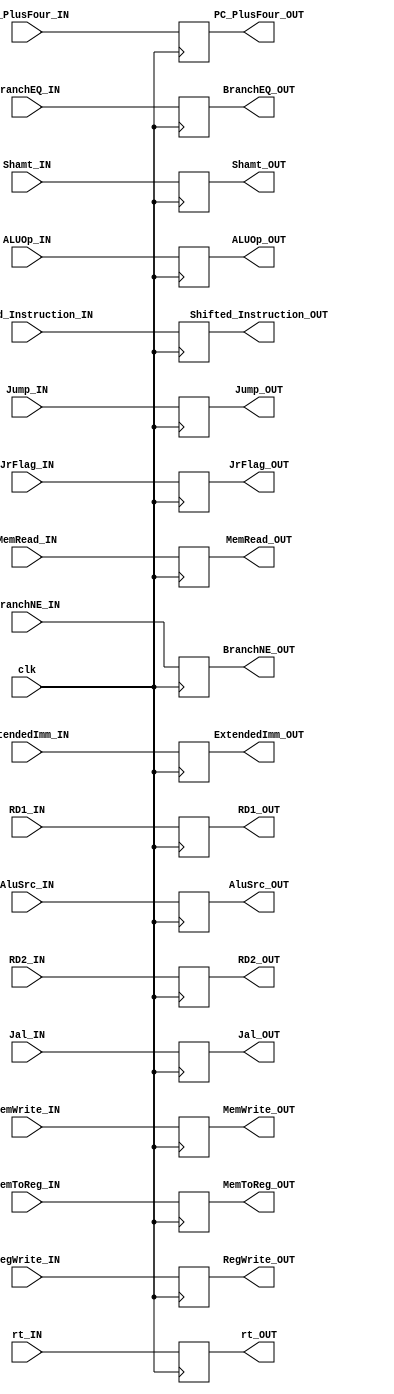
module Pipe_ID_EX
(
	input clk,
	
	input BranchEQ_IN,
	input BranchNE_IN,
	input Jump_IN,
	input MemRead_IN,
	input MemWrite_IN,
	input MemToReg_IN,
	input Jal_IN,
	input AluSrc_IN,
	input RegWrite_IN,
	input [4:0]  rt_IN,
	input [31:0] PC_PlusFour_IN,
	input [31:0] Shifted_Instruction_IN,
	input [31:0] RD1_IN,
	input [31:0] RD2_IN,
	input [31:0] ExtendedImm_IN,
	input [4:0]  Shamt_IN,
	input JrFlag_IN,
	input [3:0]  ALUOp_IN,
	
	output reg BranchEQ_OUT,
	output reg BranchNE_OUT,
	output reg Jump_OUT,
	output reg MemRead_OUT,
	output reg MemWrite_OUT,
	output reg MemToReg_OUT,
	output reg Jal_OUT,
	output reg AluSrc_OUT,
	output reg RegWrite_OUT,
	output reg [4:0]  rt_OUT,
	output reg [31:0] PC_PlusFour_OUT,
	output reg [31:0] Shifted_Instruction_OUT,
	output reg [31:0] RD1_OUT,
	output reg [31:0] RD2_OUT,
	output reg [31:0] ExtendedImm_OUT,
	output reg [4:0]  Shamt_OUT,
	output reg JrFlag_OUT,
	output reg [3:0]  ALUOp_OUT
);


always@(negedge clk)
	begin
		
		BranchEQ_OUT = BranchEQ_IN;
		BranchNE_OUT = BranchNE_IN;
		Jump_OUT = Jump_IN;
		MemRead_OUT = MemRead_IN;
		MemWrite_OUT = MemWrite_IN;
		MemToReg_OUT = MemToReg_IN;
		Jal_OUT = Jal_IN;
		AluSrc_OUT = AluSrc_IN;
		RegWrite_OUT = RegWrite_IN;
		rt_OUT = rt_IN;
		PC_PlusFour_OUT = PC_PlusFour_IN;
		Shifted_Instruction_OUT = Shifted_Instruction_IN;
		RD1_OUT = RD1_IN;
		RD2_OUT = RD2_IN;
		ExtendedImm_OUT = ExtendedImm_IN;
		Shamt_OUT = Shamt_IN;
		JrFlag_OUT = JrFlag_IN;
		ALUOp_OUT = ALUOp_IN;
		
	end

endmodule